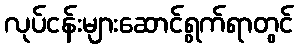
လုပ်ငန်းများဆောင်ရွက်ရာတွင်